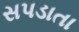
સપડાતા